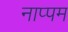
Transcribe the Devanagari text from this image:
नाप्पम